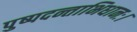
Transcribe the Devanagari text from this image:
पुष्पदन्ताभिधानः।